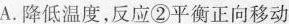
A.降低温度，反应②平衡正向移动